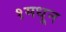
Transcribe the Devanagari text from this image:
१मधून